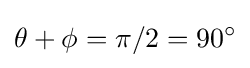
\theta +\phi =\pi /2=90^{\circ }